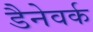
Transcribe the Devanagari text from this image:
डैनेवर्क